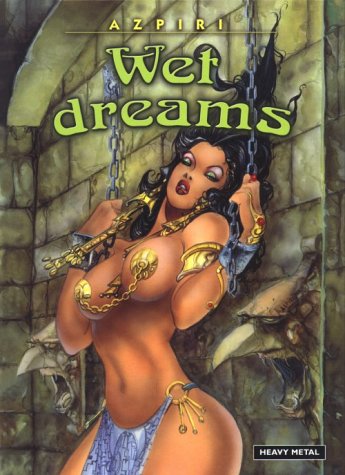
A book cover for Wet Dreams (Lorna); Alfonso Azpiri; Comics & Graphic Novels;